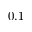
0 . 1